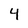
Character: 4